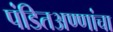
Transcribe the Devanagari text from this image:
पंडितअण्णांचा